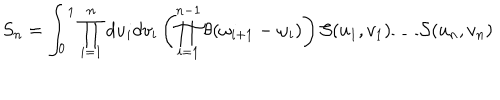
S _ { n } = \int _ { 0 } ^ { 1 } \prod _ { i = 1 } ^ { n } d u _ { i } d v _ { i } \left( \prod _ { i = 1 } ^ { n - 1 } \theta ( \omega _ { i + 1 } - \omega _ { i } ) \right) { \cal S } ( u _ { 1 } , v _ { 1 } ) \dots { \cal S } ( u _ { n } , v _ { n } )